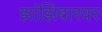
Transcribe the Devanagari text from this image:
झांझिबारवर